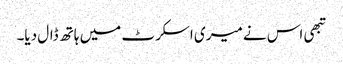
تبھی اس نے میری اسکرٹ میں ہاتھ ڈال دیا۔